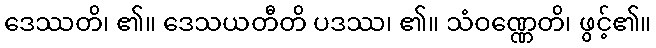
ဒေဿတိ၊ ၏။ ဒေသယတီတိ ပဒဿ၊ ၏။ သံဝဏ္ဏေတိ၊ ဖွင့်၏။